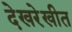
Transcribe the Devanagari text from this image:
देखरेखीत